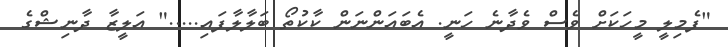
"ފެމިލީ މީހަކަށް ވެސް ވެދާނެ ހަނީ. އެބައަންނަން ކާކުތޯ ބަލާލާފައި....." އަލީޒާ ދާނިޝްގެ